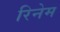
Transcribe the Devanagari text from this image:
रिनेम